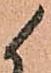
候